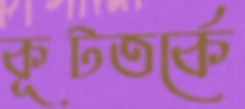
কূটতর্কে